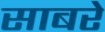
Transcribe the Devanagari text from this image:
साबरे